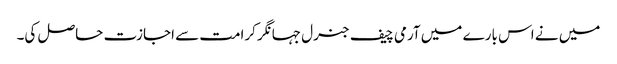
میں نے اس بارے میں آرمی چیف جنرل جہانگر کرامت سے اجازت حاصل کی۔